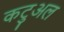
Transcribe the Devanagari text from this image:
कटुअल